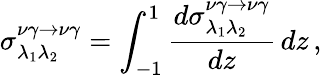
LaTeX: \sigma_{\lambda_{1}\lambda_{2}}^{\nu\gamma\to\nu\gamma}=\int_{-1}^{1}\frac{d{\sigma}_{\lambda_{1}\lambda_{2}}^{\nu\gamma\to\nu\gamma}}{dz}\, dz\, ,